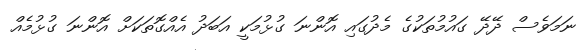
ނަމަވެސް ދޭދޭ ގައުމުތަކުގެ މެދުގައި އޮންނަ ގުޅުމަކީ އަބަދު އެއްގޮތަކަށް އޮންނަ ގުޅުމެެއް